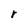
Character: r